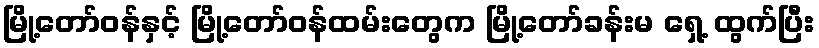
မြို့တော်ဝန်နှင့် မြို့တော်ဝန်ထမ်းတွေက မြို့တော်ခန်းမ ရှေ့ ထွက်ပြီး